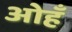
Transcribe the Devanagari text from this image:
ओहँ